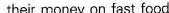
their money on fast food